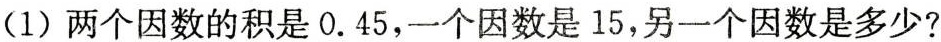
(1)两个因数的积是0.45，一个因数是15，另一个因数是多少?